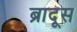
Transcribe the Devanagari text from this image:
ब्रादूस